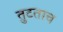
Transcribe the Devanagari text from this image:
तुटताच